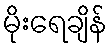
မိုးရေချိန်